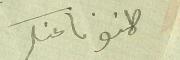
طمنونا عنكم